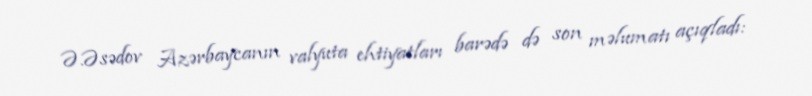
Ə.Əsədov Azərbaycanın valyuta ehtiyatları barədə də son məlumatı açıqladı: